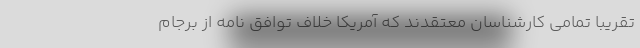
تقریبا تمامی کارشناسان معتقدند که آمریکا خلاف توافق نامه از برجام